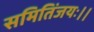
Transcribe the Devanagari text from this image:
समितिंजयः।।